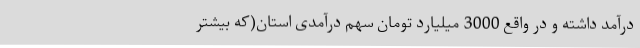
درآمد داشته و در واقع 3000 میلیارد تومان سهم درآمدی استان(که بیشتر